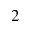
^ 2